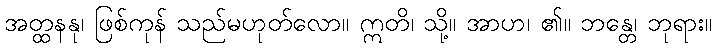
အတ္ထနနု၊ ဖြစ်ကုန် သည်မဟုတ်လော။ ဣတိ၊ သို့။ အာဟ၊ ၏။ ဘန္တေ၊ ဘုရား။